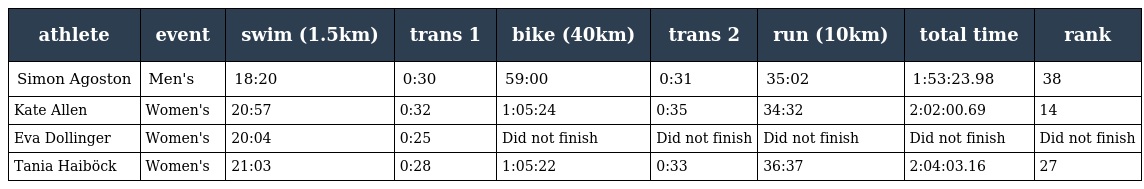
| athlete | event | swim (1.5km) | trans 1 | bike (40km) | trans 2 | run (10km) | total time | rank |
 | --- | --- | --- | --- | --- | --- | --- | --- | --- |
 | Simon Agoston | Men's | 18:20 | 0:30 | 59:00 | 0:31 | 35:02 | 1:53:23.98 | 38 |
 | Kate Allen | Women's | 20:57 | 0:32 | 1:05:24 | 0:35 | 34:32 | 2:02:00.69 | 14 |
 | Eva Dollinger | Women's | 20:04 | 0:25 | Did not finish | Did not finish | Did not finish | Did not finish | Did not finish |
 | Tania Haiböck | Women's | 21:03 | 0:28 | 1:05:22 | 0:33 | 36:37 | 2:04:03.16 | 27 |